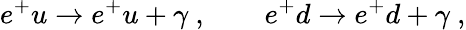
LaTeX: e^{+}u\to e^{+}u+\gamma~,\qquad e^{+}d\to e^{+}d+\gamma~,